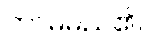
ကာမမည်၏။